Vital statistics of India. Vol. VI, European troops 1870-79
Year: 1870
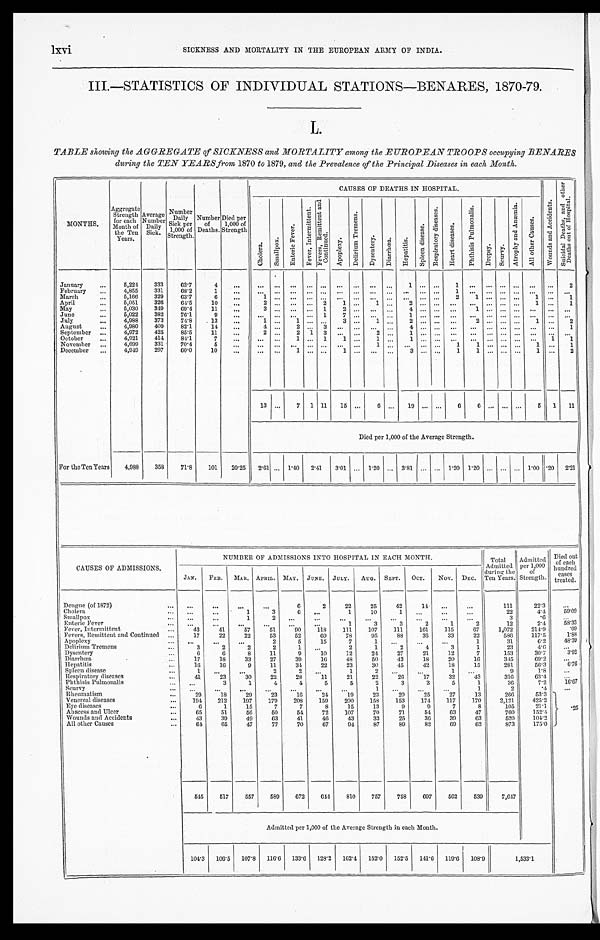
lxvi SICKNESS AND MORTALITY IN THE EUROPEAN ARMY OF INDIA.
III.—STATISTICS OF INDIVIDUAL STATIONS—BENARES, 1870-79.
L.
TABLE showing the AGGREGATE of SICKNESS and MORTALITY among the EUROPEAN TROOPS occupying BENARES
during the TEN YEARS from 1870 to 1879, and the Prevalence of the Principal Diseases in each Month.
MONTHS.
Aggregate
Strength
for each
Month of
the Ten
Years.
Average
Number Daily
Si ck.
Number
Daily
Sick per
1,000 of
Strength.
Number
of
Deaths.
Died per
1,000 of
Strength
CAUSES OF DEATHS IN HOSPITAL.
W o u n d s a n d A c c i d e n t s .
S u i c i d a l D e a t h s , a n d o t h e r
D e a t h s o u t o f H o s p i t a l .
C h o l e r a .
S m a l l p o x .
E n t e r i c F e v e r .
F e v e r , I n t e r m i t t e n t .
F e v e r s , R e m i t t e n t a n d
C o n t i n u e d .
A p o p l e x y .
D e l i r i u m T r e m e n s .
D y s e n t e r y . D i a r r h œ a . H e p a t i t i s .
S p l e e n d i s e a s e .
R e s p i r a t o r y d i s e a s e s .
H e a r t d i s e a s e s .
P h t h i s i s P u l m o n a l i s .
Dr o p s y . S c u r v y .
A t r o p h y a n d A n æ m i a .
A l l o t h e r C a u s e s .
January
. . . 5,224
333
63. 7
4
. . .
. . .
. . . ... . . . ... . . .
. . .
. . . ...
1 . . . . . . 1 ... ... ... . . . . . .
. . .
2
February
. . . 4,855
331
68. 2
1
. . .
. . .
. . . . . .
. . . ... . . .
. . . . . . ... . . .
. . . . . .
1 ...
. . . . . . . . . . . . . . . ...
March
. . . 5,166
329
63. 7
6
. . .
1
. . .
. . . . . .
...
. . . . . .
... ...
. . . . . . . . .
2 1
. . . . . . . . . 1
. . . 1
April
. . . 5,051
326
64. 5
10
. . .
2
. . .
. . . . . .
2
1
. . .
1 ...
2 . . . . . .
. . .
...
. . . . . . . . . 1
. . . 1
May
...
5,030
349
69. 4
11
. . .
3
. . .
. . . . . .
1
2
. . .
... ...
4 . . . . . .
. . .
1
. . . . . . . . . . . .
. . . . . .
June
...
5,022
382
76.1
9
. . .
. . . . . .
. . . . . .
1
7
. . .
... ...
1 . . . . . .
. . .
...
. . . . . . . . . . . .
. . . . . .
July
...
4,988
373
74. 8
13
. . .
1
. . .
1 . . .
...
3
. . .
1 ...
2 . . . . . .
. . .
2
. . . . . . . . . 1
. . . 2
August
...
4,980
409
82. 1
14
...
4
. . . 2
. . . 3
. . . . . .
... ...
4 ... ... ... ... ... ... ... ... ...
1
September ...
4,972
425
85. 5
11
...
2 ...
2 1 3 ... ...
2 ...
1 ... ... ... ... ... ... ... ...
. . . ...
October
...
4,921
414
84. 1
7
...
... ...
1 ... 1
1 ...
1 ...
1
. . . . . . ... ...
. . . . . . . . . . . . 1 1
November ...
4,699
331
70. 4
5
. . . ... ... ... ... ... ... ...
1 ...
. . . . . . . . . 1 1
. . . . . . . . . 1
. . . 1
December ...
4,949 297
60. 0
1 0
. . .
. . .
. . .
1 . . .
...
1
. . .
. . .
...
3 . . . . . .
1
1 ... . . . . . .
1 ... 2
13 ...
7 1 11 15 ...
6 ... 19 ... ...
6
6 ... ... ...
5 1 11
Died per 1,000 of the Average Strength.
For the Ten Years 4,988 358
71. 8
101 20.25 2.61 ... 1.40 2. 41
3.01 ... 1.20 ... 3.81 ... ... 1.20 1.20 ... ... ... 1.00 . 2 0 2 . 2 1
CAUSES OF ADMISSIONS.
NUMBER OF ADMISSIONS INTO HOSPITAL IN EACH MONTH.
Total
Admitted
d u r i n g t h e
Ten Years.
Admitted p e r 1 , 0 0 0
of S t r e n g t h .
Died out
of each
hundred
cases
treated.
JAN. FEB. MAR. APRIL. MAY. JUNE. JULY. AUG. SEPT. OCT. NOV. DEC.
Dengue (of 1872)
... ...
. . .
...
...
6
2
22
25
42
14 ...
...
111
22.3 ...
Cholera
...
. . .
. . .
1
3
6 ...
1
10
1
. . .
. . . ...
22
4 . 4 59. 09
Smallpox
... ...
...
1
2
. . .
. . . ...
...
...
. . . ...
...
3
.6
. . .
Enteric Fever
... ...
. . . ...
...
. . .
. . .
1
3
3
2
1
2
12
2.4
58. 33
Fever, Intermittent
...
43
41
57
51
90
118
111
107
111
161
115
67
1,072
214.9
.09
Fevers, Remittent and Continued ...
17
22
22
53
52
69
78
9 5
8 8 35
33
22
586
117.5
1. 88
Apoplexy
... ...
...
...
2
5
15
7 1
... ...
...
1
31
6.2
48. 39
Delirium Tremens
. . .
3
2
2
2
1
. . .
2
1
2
4
3
1
23
4.6
. . .
Dysentery
...
6
6
8
11
9
10
12
24
27
21
12
7
153
30.7
3. 92
Diarrhœa
. . .
17
18
33
27
39
16
48
50
43
18
20
16
3 4 5
69.2
. . .
H e p a t i t i s
. . .
16
16
9
11
34
22
23
30
45
42
18
15
281
56.3
6.76
Spleen disease
. . .
1 ...
...
2
2 ...
1
2
... ...
1
. . .
9
1.8
...
Respiratory diseases
...
41
23
30
22
28
11
21
22
26
17
32
43
316
63.4
. . .
Phthisis Pulmonalis
. . .
. . .
3
1
4
4
5
5
2
3
3
5
1
36
7.2
16. 67
Scurvy
... ...
...
...
...
...
...
...
1 ...
...
...
1
2
.4
...
Rheumatism
...
29
18
29
23
16
24
19
23
20
25
27
13
266
53.3
.25
Venereal diseases
... 194 212 197 179
208
159
200
158
153
174
117
170
2,121
425.2
Eye diseases
...
6
1
15
7
7
8
15
13
9
9
7
8
105
21.1
Abscess and Ulcer
...
65
51
56
50
54
72
107
70
71
54
63
47
760
152.4
Wounds and Accidents
...
43
39
49
63
41
46
43
33
25
36
39
63
520
104.2
All other Causes
...
6 4
65
47
77
70
67
94
87
89
82
69
62
873
175.0
545
517
557
589
672 644 810
757
758
697
562
539
7,647
Admitted per 1,000 of the Average Strength in each Month.
104.3 106.5 107.8 116.6 133.6 128.2 162.4 152.0 152.5 141.6 119.6 108.9
1, 533. 1